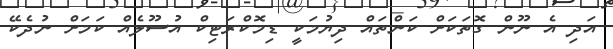
އަދި އެ ނޫން ގޮތަކަށް ކަންތައް ދިޔުމަކީ ޑިމޮކްރަޓިކް އުސޫލެއް ކަމަށް ނުދެކޭ